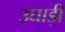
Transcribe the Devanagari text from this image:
उघाड़ी